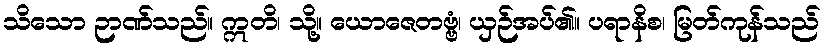
သိသော ဉာဏ်သည်။ ဣတိ၊ သို့။ ယောဇေတဗ္ဗံ၊ ယှဉ်အပ်၏။ ပရာနိစ၊ မြတ်ကုန်သည်